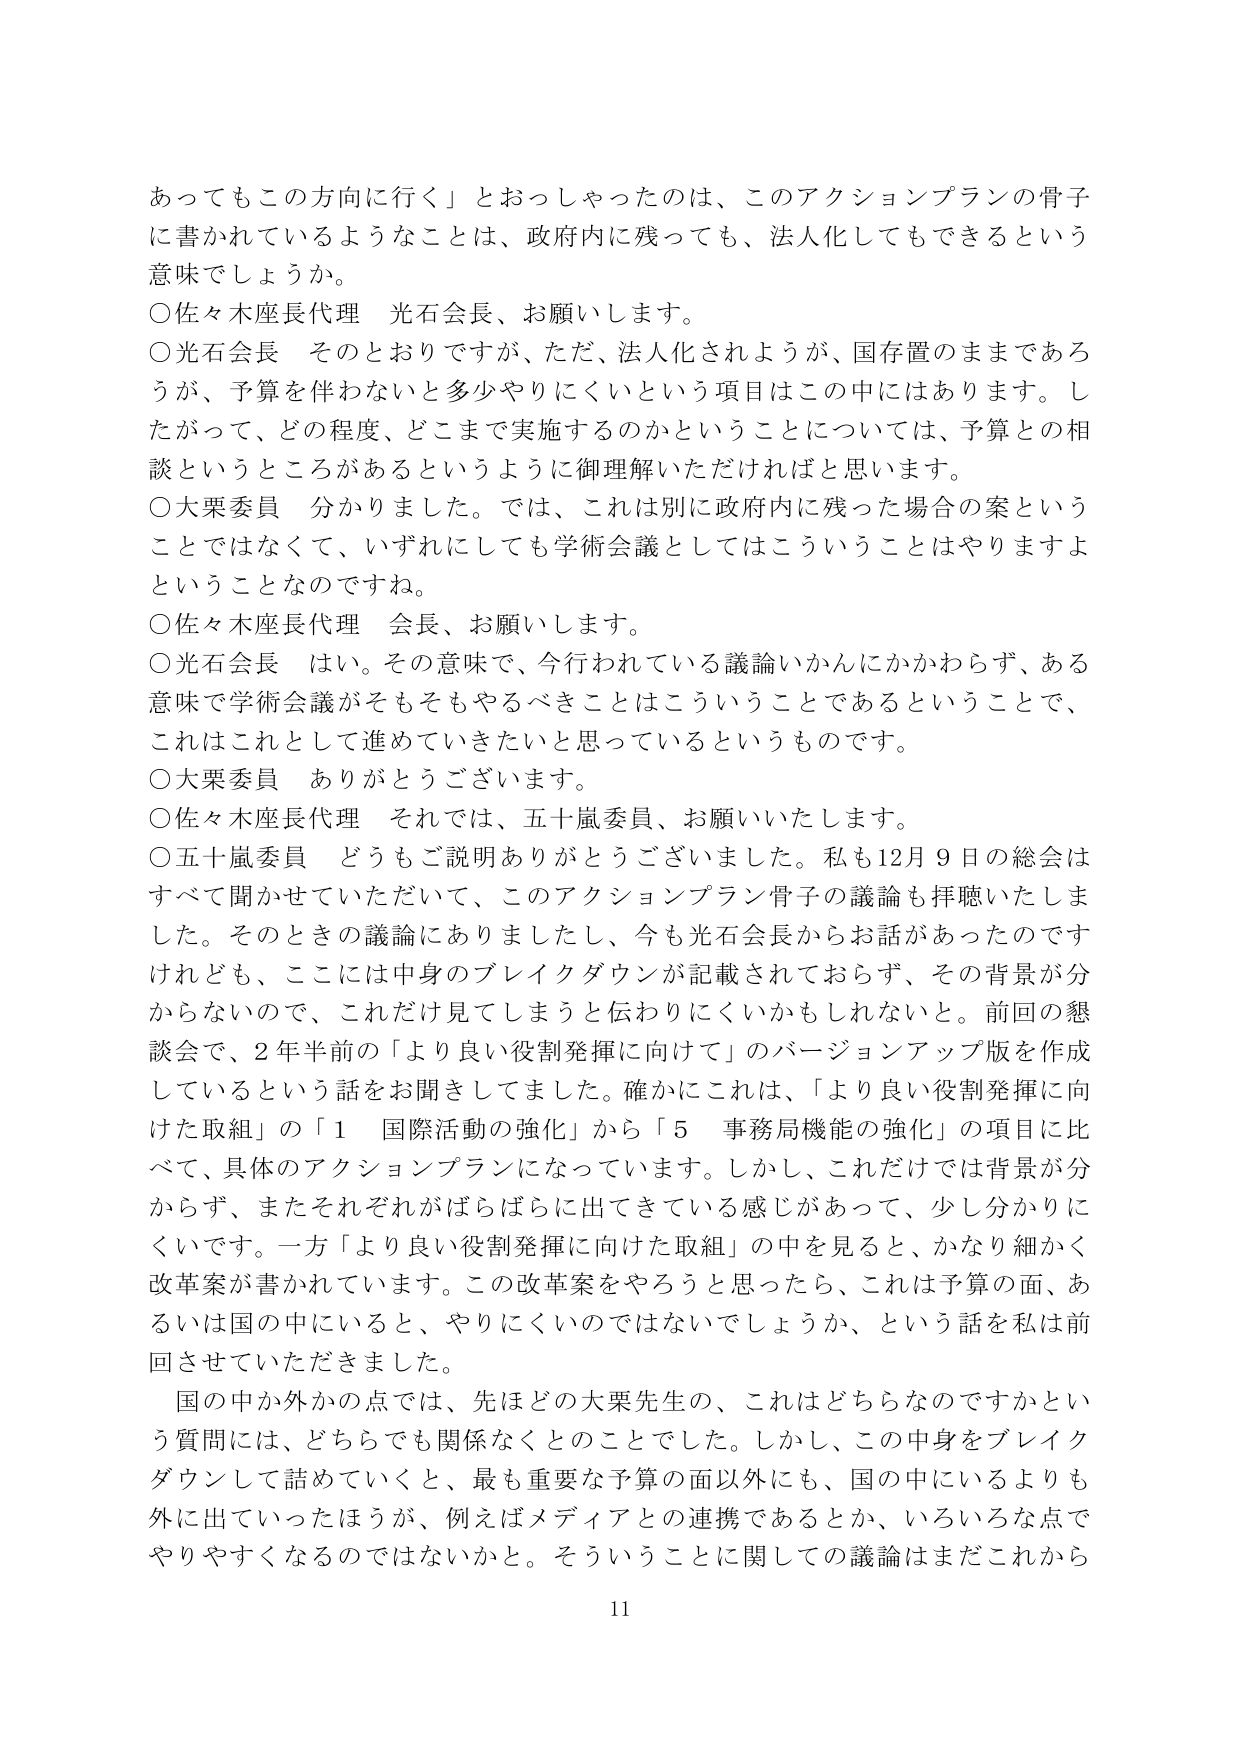
あってもこの方向に行く」とおっしゃったのは、このアクションプランの骨子に書かれているようなことは、政府内に残っても、法人化してもできるという意味でしょうか。

○佐々木座長代理　光石会長、お願いします。

○光石会長　そのとおりですが、ただ、法人化されようが、国存置のままであろうが、予算を伴わないと多少やりにくいという項目はこの中にはあります。したがって、どの程度、どこまで実施するのかということについては、予算との相談というところがあるというように御理解いただければと思います。

○大栗委員　分かりました。では、これは別に政府内に残った場合の案ということではなくて、いずれにしても学術会議としてはこういうことはやりますよということなのでですね。

○佐々木座長代理　会長、お願いします。

○光石会長　はい。その意味で、今行われている議論いかんにかかわらず、ある意味で学術会議がそもそもやるべきことはこういうことであるということで、これはこれとして進めていきたいと思っているというものです。

○大栗委員　ありがとうございます。

○佐々木座長代理　それでは、五十嵐委員、お願いいたします。

○五十嵐委員　どうもご説明ありがとうございました。私も12月9日の総会はすべて聞かせていただいて、このアクションプラン骨子の議論も拝聴いたしました。そのときの議論にありましたし、今も光石会長からお話があったのですけれども、ここには中身のブレイクダウンが記載されておらず、その背景が分からないので、これだけ見てしまうと伝わりにくいかもしれない。前回の懇談会で、2年半前の「より良い役割発揮に向けて」のバージョンアップ版を作成しているという話をお聞きしてました。確かにこれは、「より良い役割発揮に向けた取組」の「1 国際活動の強化」から「5 事務局機能の強化」の項目に比べて、具体的なアクションプランになっています。しかし、これだけでは背景が分からず、またそれぞれがばらばらに出てきている感じがあって、少し分かりにくいです。一方「より良い役割発揮に向けた取組」の中を見ると、かなり細かく改革案が書かれています。この改革案をやろうと思ったら、これは予算の面、あるいは国の中に入ると、やりにくいのではないでしょうか、という話を私は前回させていただきました。

国の中か外かの点では、先ほどの大栗先生の、これはどちらなのですかという質問には、どちらでも関係なくとのことでした。しかし、この中身をブレイクダウンして詰めていくと、最も重要な予算の面以外にも、国の中に入っているよりも外に出ていったほうが、例えばメディアとの連携であるとか、いろいろな点でやりやすくなるのではないでしょうか。そういうことに関しての議論はまだこれから

11